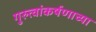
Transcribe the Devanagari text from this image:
गुरुत्वांकर्षणाच्या